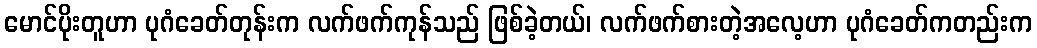
မောင်ပိုးတူဟာ ပုဂံခေတ်တုန်းက လက်ဖက်ကုန်သည် ဖြစ်ခဲ့တယ်၊ လက်ဖက်စားတဲ့အလေ့ဟာ ပုဂံခေတ်ကတည်းက